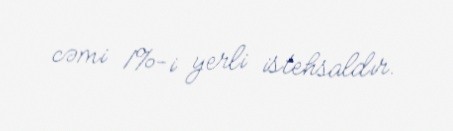
cəmi 1%-i yerli istehsaldır.